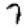
Digit: 7